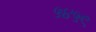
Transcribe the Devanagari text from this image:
५४५९